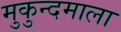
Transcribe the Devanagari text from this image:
मुकुन्दमाला